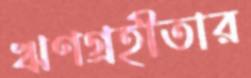
ঋণগ্রহীতার